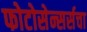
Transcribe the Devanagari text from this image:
फोटोसेन्सर्सचा